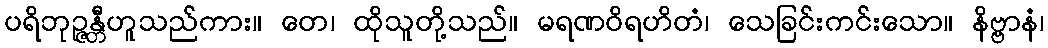
ပရိဘုဉ္ဇန္တီဟူသည်ကား။ တေ၊ ထိုသူတို့သည်။ မရဏဝိရဟိတံ၊ သေခြင်းကင်းသော။ နိဗ္ဗာနံ၊